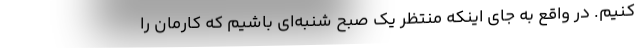
کنیم. در واقع به جای اینکه منتظر یک صبح شنبه‌ای باشیم که کارمان را